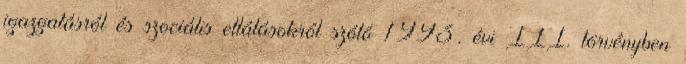
igazgatásról és szociális ellátásokról szóló 1993. évi III. törvényben